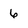
Character: 6